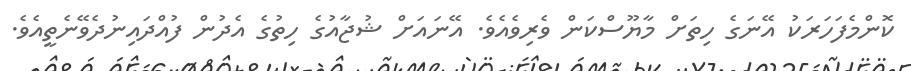
ކޮންމެފަހަރަކު އޭނަގެ ހިތަށް މާޔޫސްކަން ވެރިވެއެވެ. އޭނައަށް ޝުޖާއުގެ ހިތުގެ އެދުން ފުއްދައިނުދެވޭނެތީއެވެ.